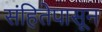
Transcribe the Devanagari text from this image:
संहितेपासून